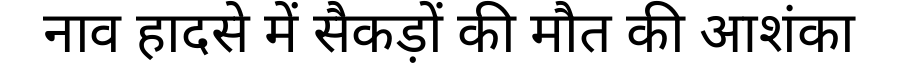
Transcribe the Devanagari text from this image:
नाव हादसे में सैकड़ों की मौत की आशंका